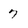
Character: 7